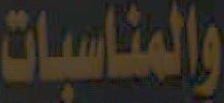
والمناسبات